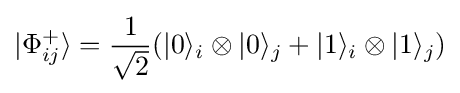
|\Phi _{ij}^{+}\rangle ={\frac {1}{\sqrt {2}}}(|0\rangle _{i}\otimes |0\rangle _{j}+|1\rangle _{i}\otimes |1\rangle _{j})